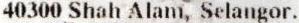
40300 SHAH ALAM, SELANGOR.